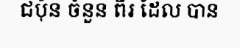
ជប៉ុន ចំនួន ពីរ ដែល បាន